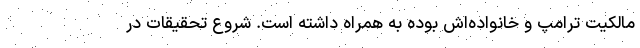
مالکیت ترامپ و خانواده‌اش بوده به همراه داشته است. شروع تحقیقات در